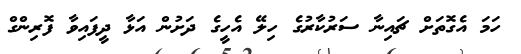
ހަމަ އެގޮތަށް ޗައިނާ ސަރުކާރުގެ ހިލޭ އެހީގެ ދަށުން އަޅާ ދީފައިވާ ފޮރިންގް